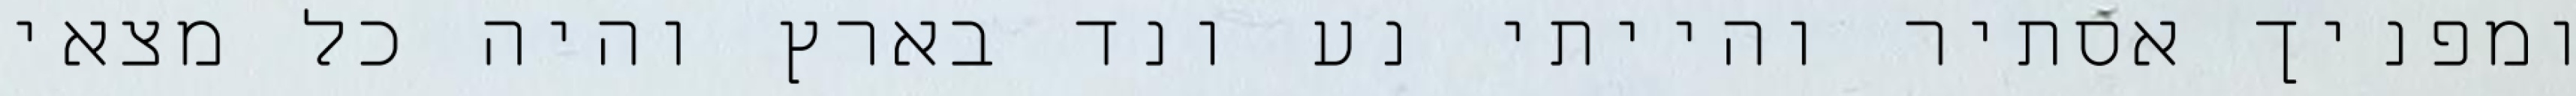
ומפניך אסתיר והייתי נע ונד בארץ והיה כל מצאי